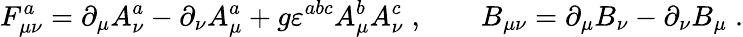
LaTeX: F_{\mu\nu}^{a}=\partial_{\mu}A_{\nu}^{a}-\partial_{\nu}A_{\mu}^{a}+g\varepsilon^{abc}A_{\mu}^{b}A_{\nu}^{c}\; ,\qquad B_{\mu\nu}=\partial_{\mu}B_{\nu}-\partial_{\nu}B_{\mu}\; .